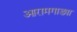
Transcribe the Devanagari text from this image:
आरामगाड्या